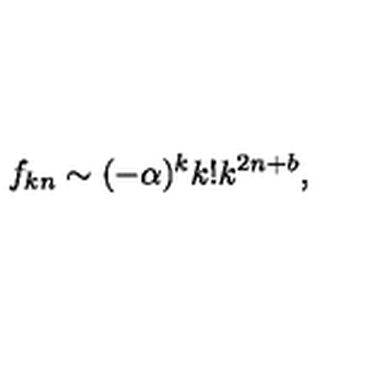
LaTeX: f _ { k n } \sim ( - \alpha ) ^ { k } k ! k ^ { 2 n + b } ,